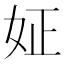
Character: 姃